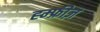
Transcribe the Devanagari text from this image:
ह्म्फ्रीज़